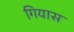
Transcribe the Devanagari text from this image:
गियास